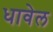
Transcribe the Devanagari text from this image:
धावेल